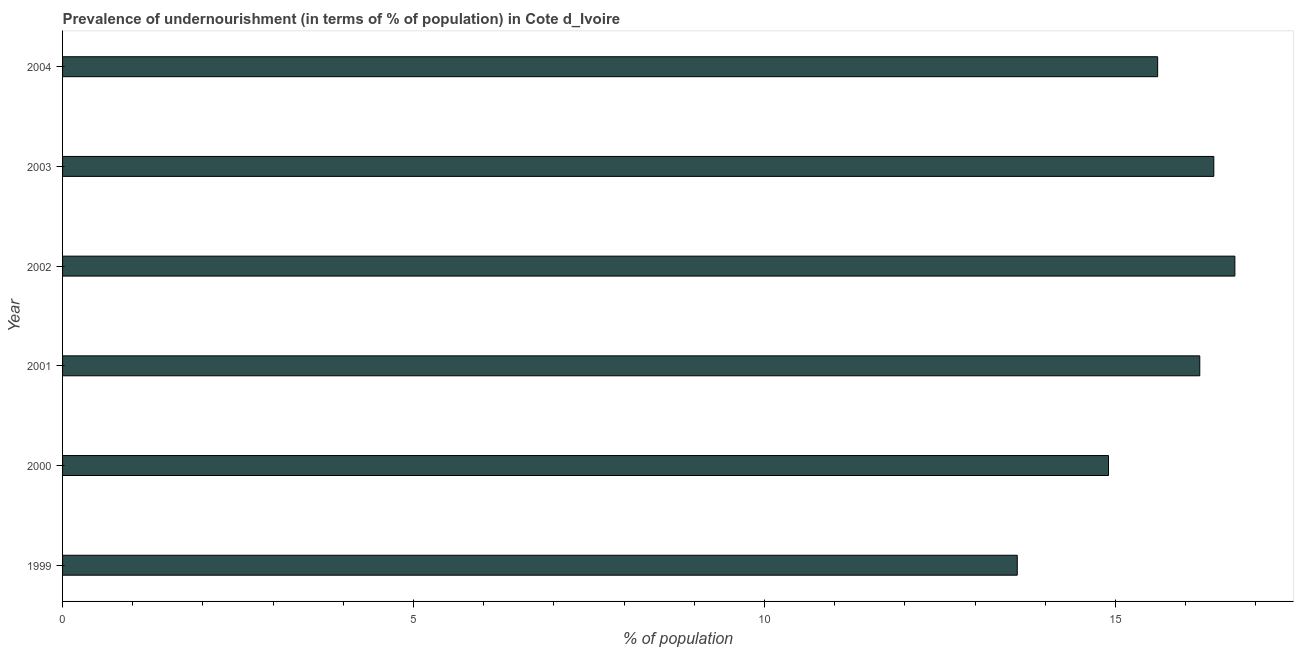
| Year | Prevalence of undernourishment |
 | --- | --- |
 | 1999 | 13.6 |
 | 2000 | 14.9 |
 | 2001 | 16.2 |
 | 2002 | 16.7 |
 | 2003 | 16.4 |
 | 2004 | 15.6 |